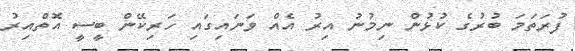
ފުރަތަމަ ބުރުގެ ކުޅުން ނިމުނު އިރު އެއް ވަނައިގައި ހަރިކޭން ބީސީ އޮތްއިރު